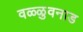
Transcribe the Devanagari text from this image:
वळ्ळुवनाड